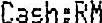
CASH:RM